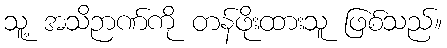
သူ့ အသိဉာဏ်ကို တန်ဖိုးထားသူ ဖြစ်သည်။